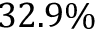
3 2 . 9 \%